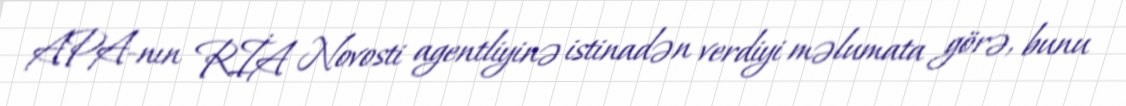
APA-nın RİA Novosti agentliyinə istinadən verdiyi məlumata görə, bunu